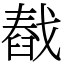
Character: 㦼